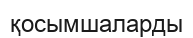
қосымшаларды